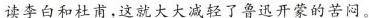
读李白和杜甫.这就大大减轻了鲁迅开蒙的苦闷。